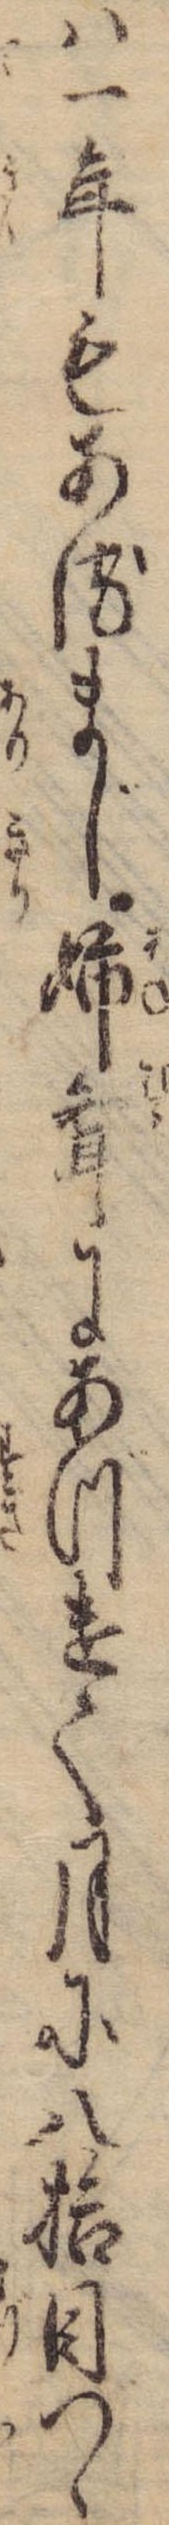
は一年もあるまじ姉婿にあづけて月に八拾目づゝ